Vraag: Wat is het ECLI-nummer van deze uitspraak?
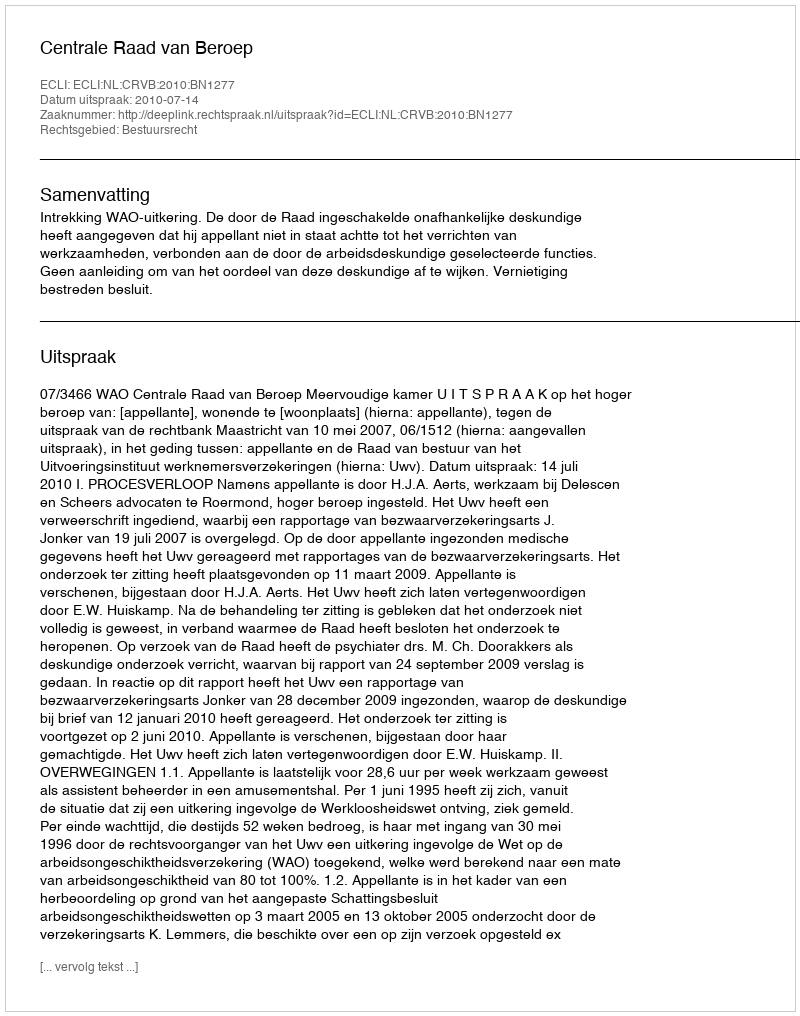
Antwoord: ECLI:NL:CRVB:2010:BN1277